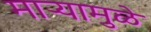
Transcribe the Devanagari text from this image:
माऱ्यामुळे